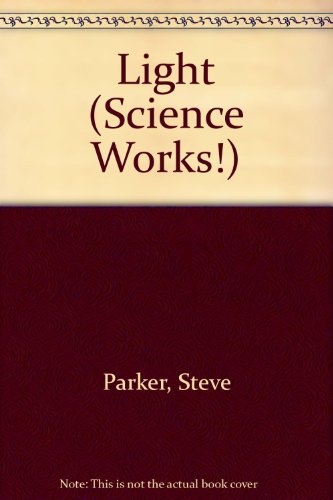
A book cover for Light (Science Works!); Steve Parker; Children's Books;